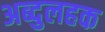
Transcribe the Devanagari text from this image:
अब्दुलहक